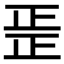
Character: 𱥂